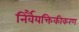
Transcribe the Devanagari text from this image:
निर्वैयक्तिकीकरण